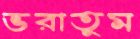
ভরাতুম